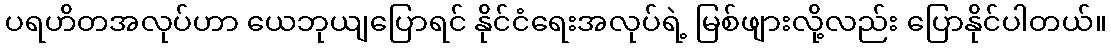
ပရဟိတအလုပ်ဟာ ယေဘုယျပြောရင် နိုင်ငံရေးအလုပ်ရဲ့ မြစ်ဖျားလို့လည်း ပြောနိုင်ပါတယ်။